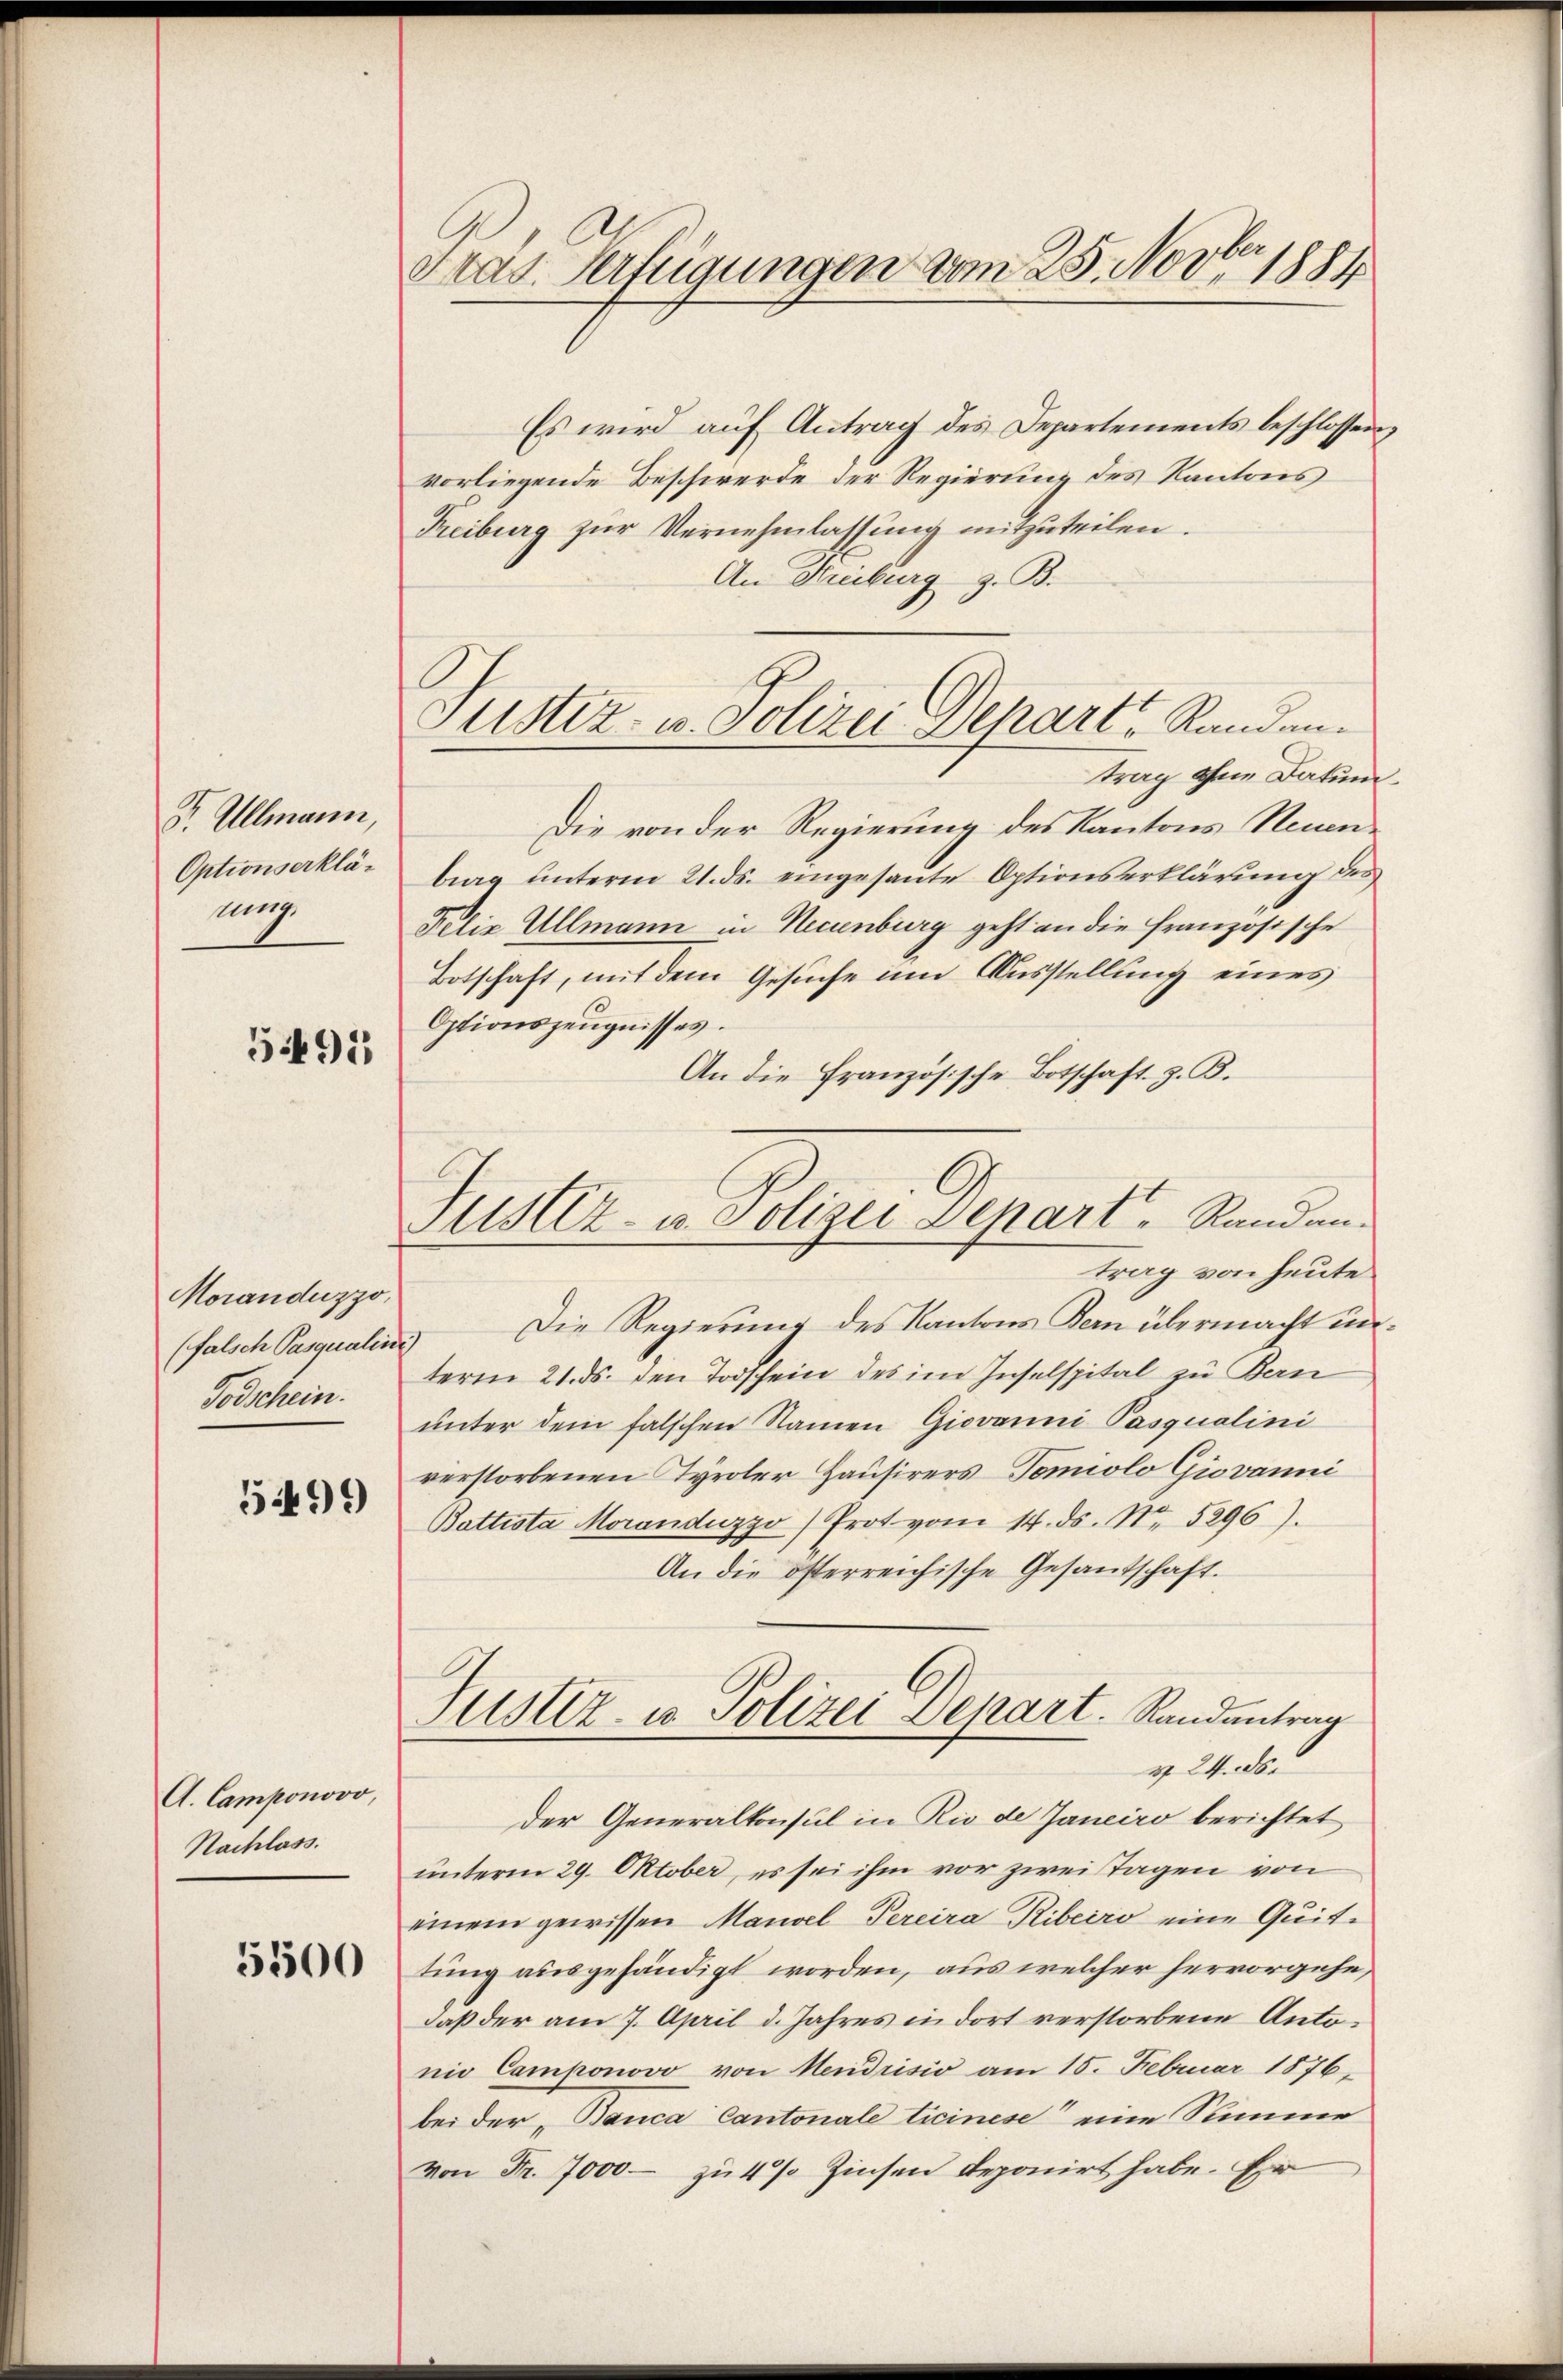
Dr. Allmann,
Optionserklämg

5491

Moranduzzo,
(falsch Pasqualini
Todschein.

54499)

A. Camponovo,
Nachlass.

5500

Fras Verfügungen vom 25. Novto 1881

Justiz- u. Polizei Depart Randen.

Justiz- u. Polizei Depart. Standen.

Es wird auf Antrag des Departements beschlossen,
vorliegende Beschwerde der Regierung des Kantons
Treiburg zŭr Vernehmlassung mitzuteilen.
An Freiburg z. B.
trag ohne Datum
Die von der Regierung des Kantons Neuenbrag unterm 21. ds. eingesante Optionserklärung des
Felix Ullmann in Necinburg geht an die französische
Botschaft, mit dem Gesuche um Ausstellung eines
Optionszeugnisses.
An die Französische Botschaft z. B.
trag von heute
Die Regierung des Kantons Bern übermacht unterm 21. ds. den Todschein des im Inselspital zu Kan
unter dem falschen Namen Giovanni Pasqualini
verstorbenen Tyroler Hausirers Tomiolo Giovanni
Bottista Moranduzyo) Prot vom 14. ds. No. 5296).
An die österreichische Gesandschaft.
Justiz- u. Polizei Depart. Randantrag
v 2. ds.
Der Generalkonsul in Rio de Janeiro berichtet
unterm 29. Oktober, es sei ihm vor zweitagen von
einem gewissen Mandel Percira Ribeiro eine Quittung ausgehändigt worden, aus welcher hervorgehe,
daß der am 7. April d. Jahres in dort verstorbene Antonio Camponovo von Neudrisio am 15. Februar 1876.
bei der „Banca Cantonale Ticinese eine Summe
Von Fr. 7000 - zu 4% Zinsen deponirt habe. Er